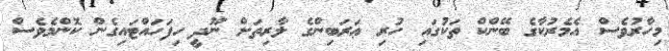
މިހާރުވެސް އެމެރުކާގެ ބޭންކް ތަކުގައި ހުރި ޢަރަބިންގެ ލާރިތަށް ނޫދީ ހިފަހައްޓައިގެން ކޮންމެވެސް